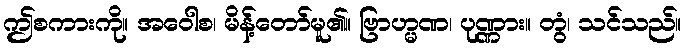
ဤစကားကို။ အဝေါစ၊ မိန့်တော်မူ၏။ ဗြာဟ္မဏ၊ ပုဏ္ဏား။ တွံ၊ သင်သည်။